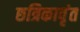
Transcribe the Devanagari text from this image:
छत्रिकावृंत